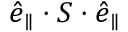
\boldsymbol { \hat { e } } _ { \parallel } \cdot \boldsymbol { S } \cdot \boldsymbol { \hat { e } } _ { \parallel }